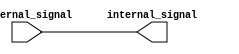
module ECL_Buffer(
    input external_signal,
    output internal_signal
);

reg internal_signal;

assign internal_signal = external_signal;

endmodule